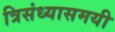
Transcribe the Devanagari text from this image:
त्रिसंध्यासमयी